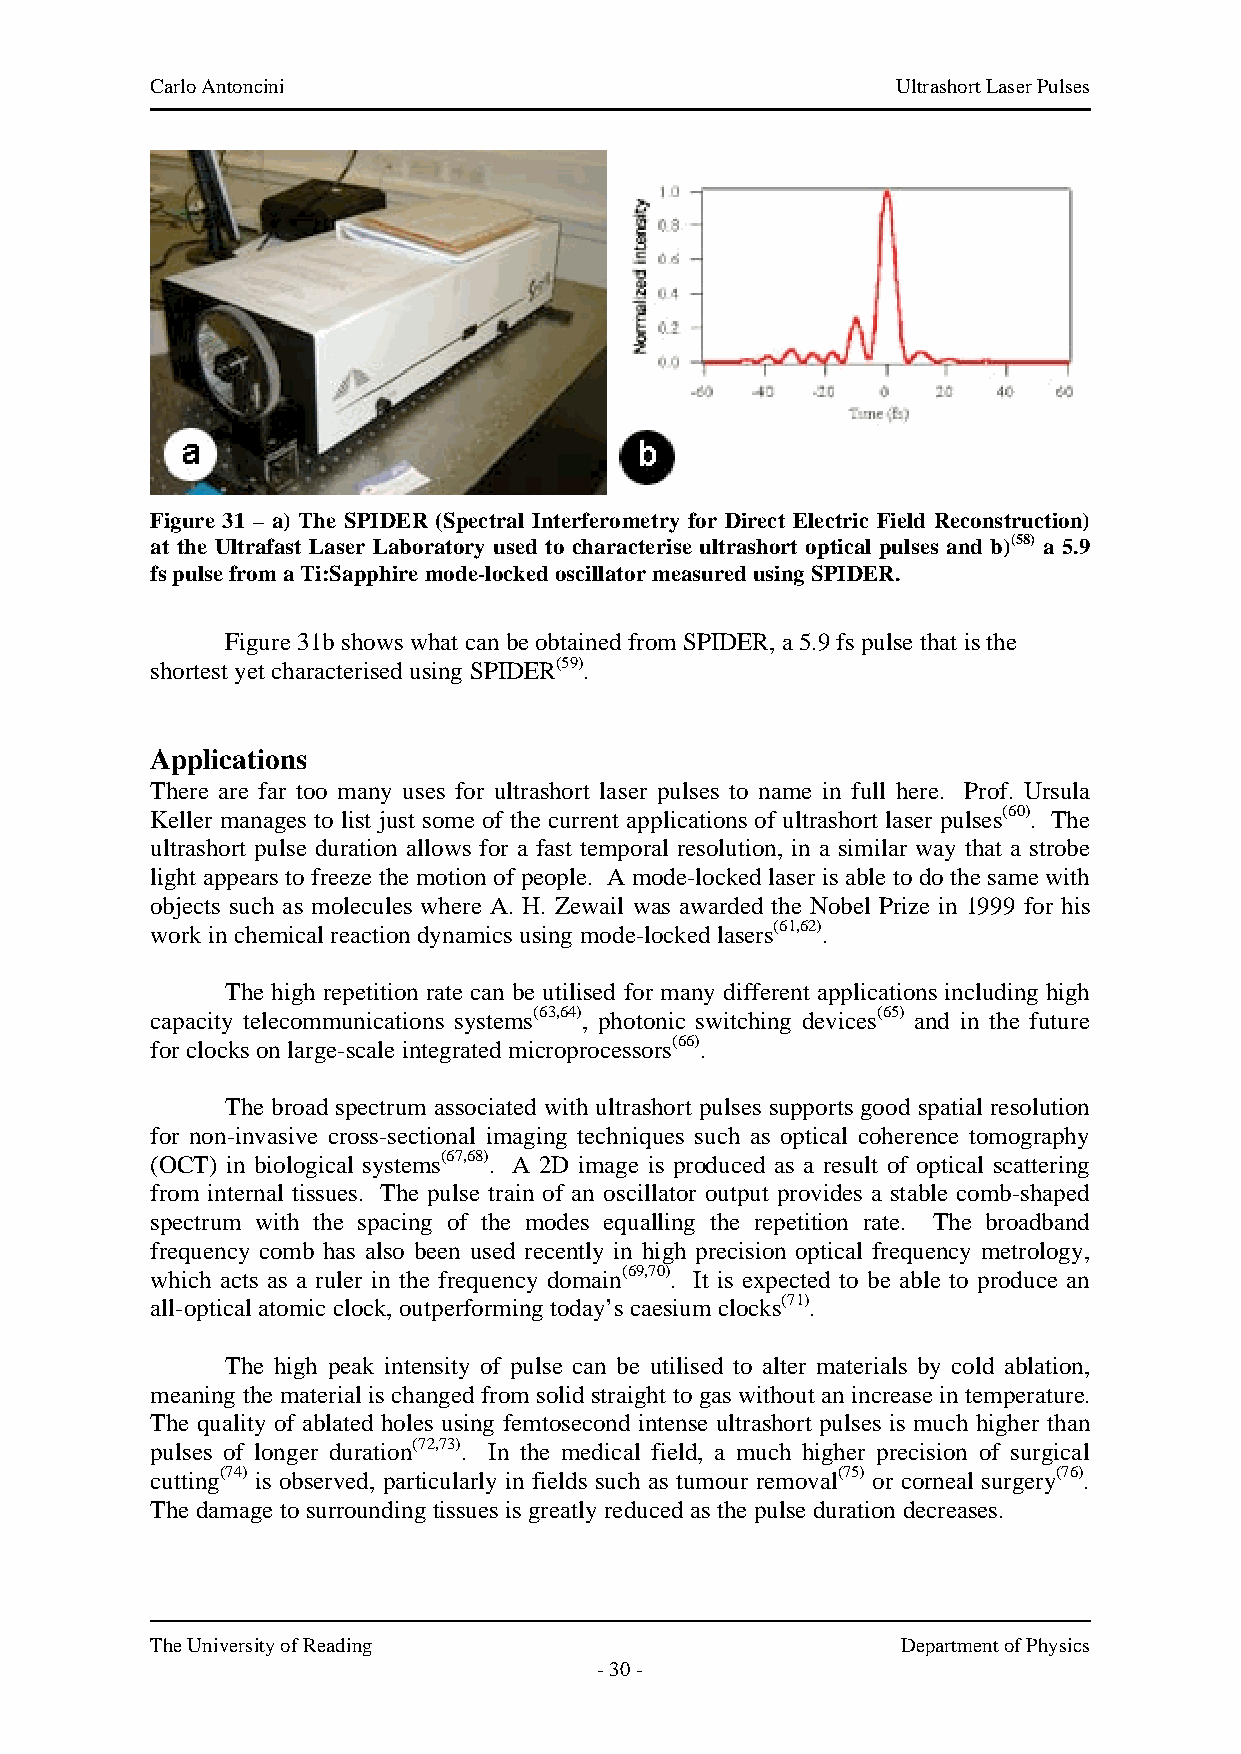
Carlo Antoncini                                  Ultrashort Laser Pulses
 Figure 31 – a) The SPIDER (Spectral Interferometry for Direct Electric Field Reconstruction)
 at the Ultrafast Laser Laboratory used to characterise ultrashort optical pulses and b)(58) a 5.9
 fs pulse from a Ti:Sapphire mode-locked oscillator measured using SPIDER.
 Figure 31b shows what can be obtained from SPIDER, a 5.9 fs pulse that is the
 shortest yet characterised using SPIDER(59).
 Applications
 There are far too many uses for ultrashort laser pulses to name in full here. Prof. Ursula
 Keller manages to list just some of the current applications of ultrashort laser pulses(60). The
 ultrashort pulse duration allows for a fast temporal resolution, in a similar way that a strobe
 light appears to freeze the motion of people. A mode-locked laser is able to do the same with
 objects such as molecules where A. H. Zewail was awarded the Nobel Prize in 1999 for his
 work in chemical reaction dynamics using mode-locked lasers(61,62).
 The high repetition rate can be utilised for many different applications including high
 capacity telecommunications systems(63,64), photonic switching devices(65) and in the future
 for clocks on large-scale integrated microprocessors(66).
 The broad spectrum associated with ultrashort pulses supports good spatial resolution
 for non-invasive cross-sectional imaging techniques such as optical coherence tomography
 (OCT) in biological systems(67,68). A 2D image is produced as a result of optical scattering
 from internal tissues. The pulse train of an oscillator output provides a stable comb-shaped
 spectrum with the spacing of the modes equalling the repetition rate. The broadband
 frequency comb has also been used recently in high precision optical frequency metrology,
 which acts as a ruler in the frequency domain(69,70). It is expected to be able to produce an
 all-optical atomic clock, outperforming today’s caesium clocks(71).
 The high peak intensity of pulse can be utilised to alter materials by cold ablation,
 meaning the material is changed from solid straight to gas without an increase in temperature.
 The quality of ablated holes using femtosecond intense ultrashort pulses is much higher than
 pulses of longer duration(72,73). In the medical field, a much higher precision of surgical
 cutting(74) is observed, particularly in fields such as tumour removal(75) or corneal surgery(76).
 The damage to surrounding tissues is greatly reduced as the pulse duration decreases.
 The University of Reading                         Department of Physics
 - 30 -